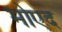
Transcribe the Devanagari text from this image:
मोएद